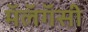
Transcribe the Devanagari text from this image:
मॅलॅगॅसी